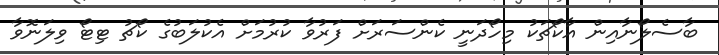
ބާސެލޯނާއިން އާކޯޗަކު މިހޯދަނީ ކެންސަރަށް ފަރުވާ ކުރުމަށް އެކުލަބުގެ ކޯޗު ޓިޓޯ ވިލަނޮވާ